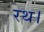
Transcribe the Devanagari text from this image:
रथ।